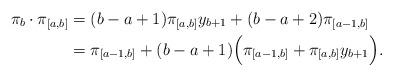
LaTeX: \begin{align*}\pi_b \cdot \pi_{[a,b]}&= (b-a+1) \pi_{[a,b]} y_{b+1} + (b-a+2) \pi_{[a-1,b]}\\&= \pi_{[a-1,b]} + (b-a+1)\Big(\pi_{[a-1,b]} + \pi_{[a,b]} y_{b+1} \Big).\end{align*}